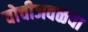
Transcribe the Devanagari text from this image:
चोचीजवळचा